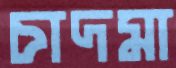
চাদমা